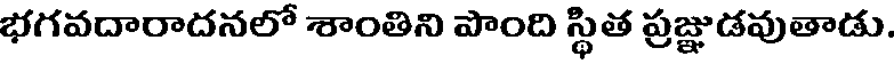
భగవదారాదనలో శాంతిని పొంది స్థిత ప్రజ్ఞుడవుతాడు.